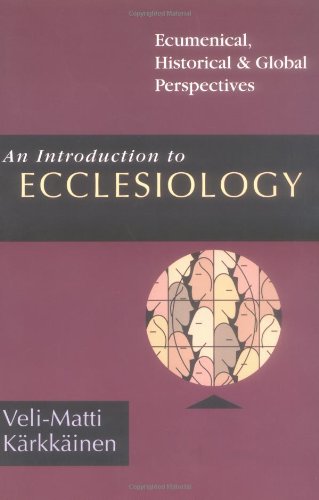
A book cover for An Introduction to Ecclesiology: Ecumenical, Historical  Global Perspectives; Veli-Matti KÃ¤rkkÃ¤inen; Christian Books & Bibles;